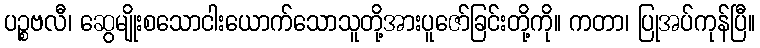
ပဉ္စဗလီ၊ ဆွေမျိုးစသောငါးယောက်သောသူတို့အားပူဇော်ခြင်းတို့ကို။ ကတာ၊ ပြုအပ်ကုန်ပြီ။